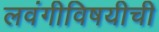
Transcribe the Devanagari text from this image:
लवंगीविषयीची